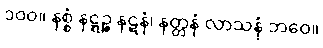
၁၀၀။ နစ္စံ နဋ္ဋဉ္စ နဋနံ၊ နတ္တနံ လာသနံ ဘဝေ။